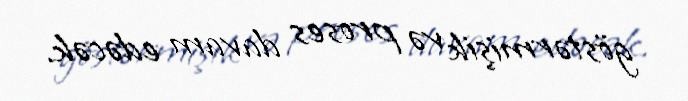
göstərmişik və proses davam edəcək.